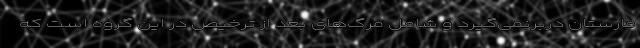
مارستان دربرنمی‌گیرد و شامل مرگ‌های بعد از ترخیص در این گروه است که